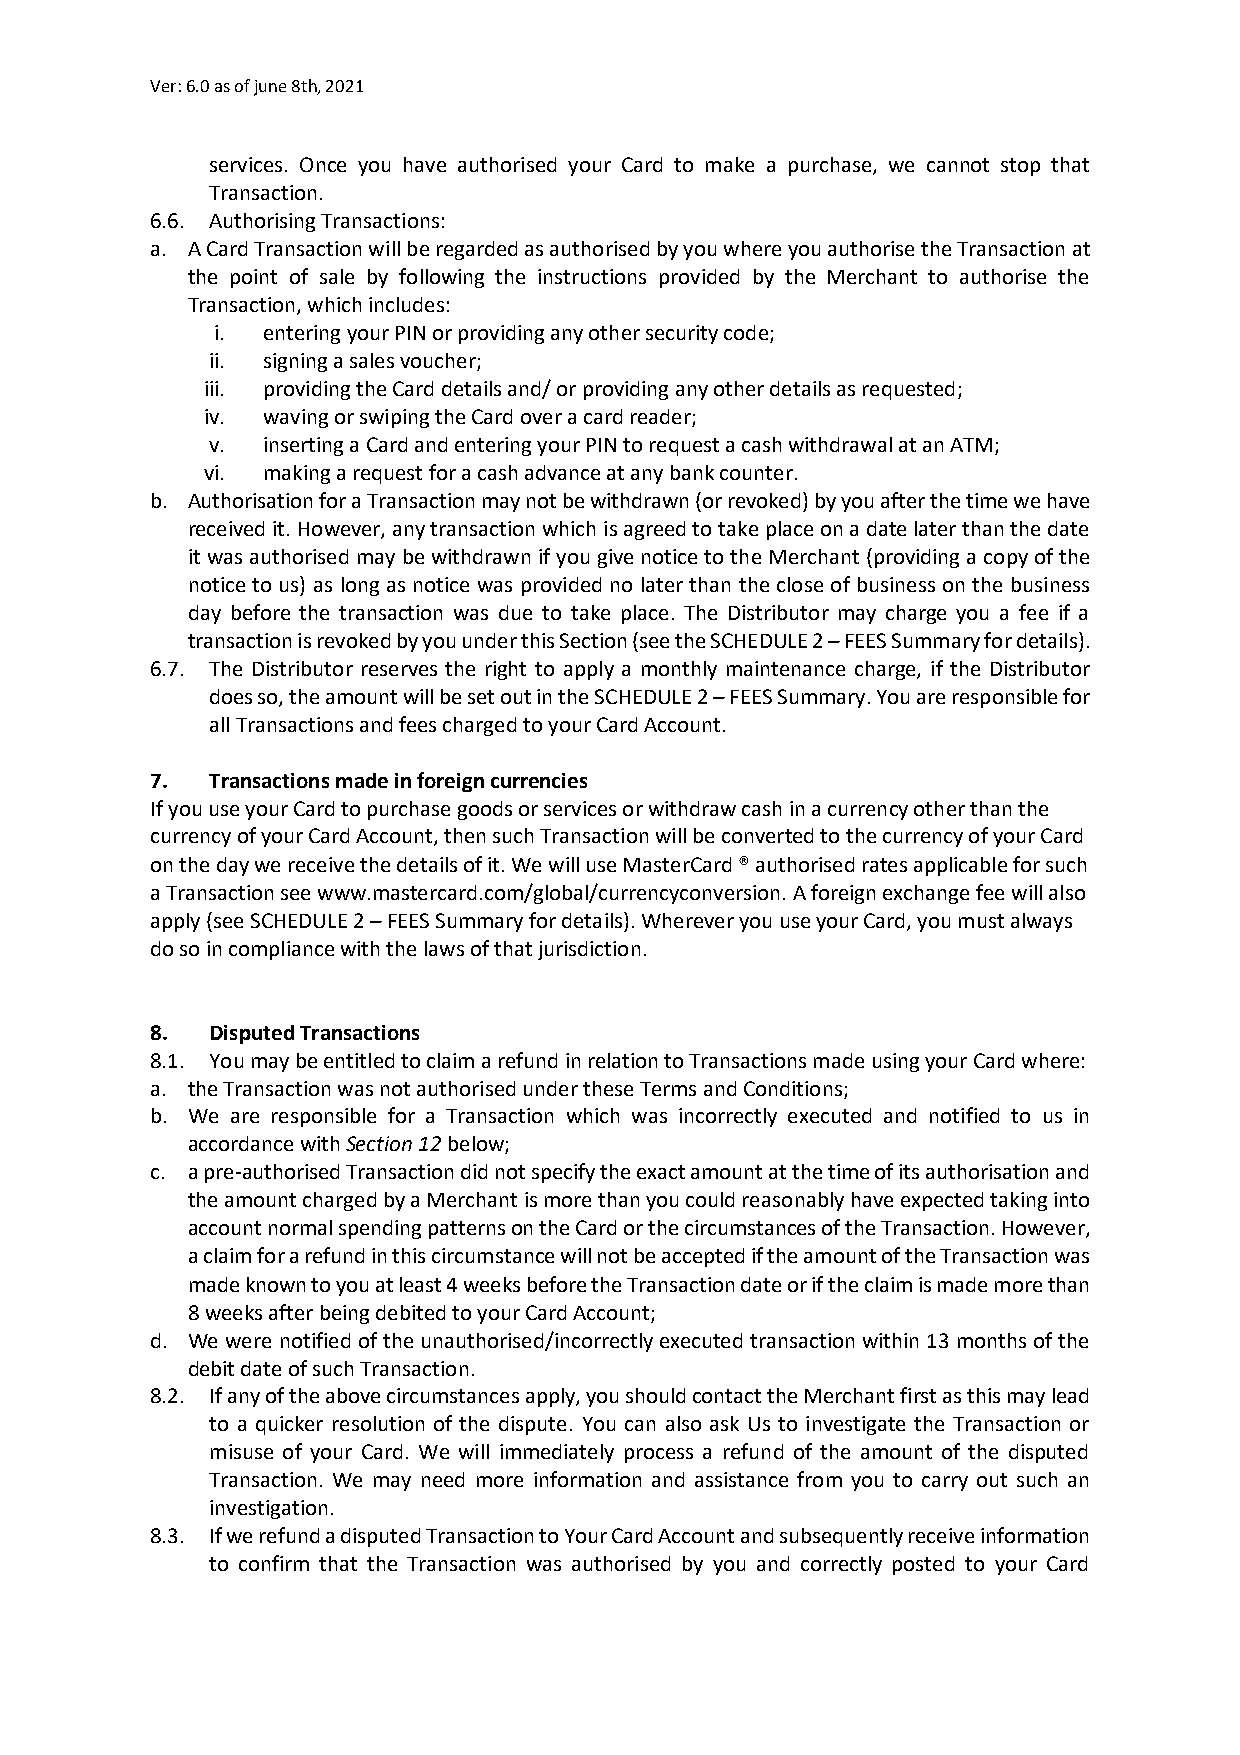
Ver: 6.0 as of june 8th, 2021
 services. Once you have authorised your Card to make a purchase, we cannot stop that
 Transaction.
 6.6. Authorising Transactions:
 a. A Card Transaction will be regarded as authorised by you where you authorise the Transaction at
 the point of sale by following the instructions provided by the Merchant to authorise the
 Transaction, which includes:
 i. entering your PIN or providing any other security code;
 ii. signing a sales voucher;
 iii. providing the Card details and/ or providing any other details as requested;
 iv. waving or swiping the Card over a card reader;
 v. inserting a Card and entering your PIN to request a cash withdrawal at an ATM;
 vi. making a request for a cash advance at any bank counter.
 b. Authorisation for a Transaction may not be withdrawn (or revoked) by you after the time we have
 received it. However, any transaction which is agreed to take place on a date later than the date
 it was authorised may be withdrawn if you give notice to the Merchant (providing a copy of the
 notice to us) as long as notice was provided no later than the close of business on the business
 day before the transaction was due to take place. The Distributor may charge you a fee if a
 transaction is revoked by you under this Section (see the SCHEDULE 2 – FEES Summary for details).
 6.7. The Distributor reserves the right to apply a monthly maintenance charge, if the Distributor
 does so, the amount will be set out in the SCHEDULE 2 – FEES Summary. You are responsible for
 all Transactions and fees charged to your Card Account.
 7.  Transactions made in foreign currencies
 If you use your Card to purchase goods or services or withdraw cash in a currency other than the
 currency of your Card Account, then such Transaction will be converted to the currency of your Card
 on the day we receive the details of it. We will use MasterCard ® authorised rates applicable for such
 a Transaction see www.mastercard.com/global/currencyconversion. A foreign exchange fee will also
 apply (see SCHEDULE 2 – FEES Summary for details). Wherever you use your Card, you must always
 do so in compliance with the laws of that jurisdiction.
 8.  Disputed Transactions
 8.1. You may be entitled to claim a refund in relation to Transactions made using your Card where:
 a. the Transaction was not authorised under these Terms and Conditions;
 b. We are responsible for a Transaction which was incorrectly executed and notified to us in
 accordance with Section 12 below;
 c. a pre-authorised Transaction did not specify the exact amount at the time of its authorisation and
 the amount charged by a Merchant is more than you could reasonably have expected taking into
 account normal spending patterns on the Card or the circumstances of the Transaction. However,
 a claim for a refund in this circumstance will not be accepted if the amount of the Transaction was
 made known to you at least 4 weeks before the Transaction date or if the claim is made more than
 8 weeks after being debited to your Card Account;
 d. We were notified of the unauthorised/incorrectly executed transaction within 13 months of the
 debit date of such Transaction.
 8.2. If any of the above circumstances apply, you should contact the Merchant first as this may lead
 to a quicker resolution of the dispute. You can also ask Us to investigate the Transaction or
 misuse of your Card. We will immediately process a refund of the amount of the disputed
 Transaction. We may need more information and assistance from you to carry out such an
 investigation.
 8.3. If we refund a disputed Transaction to Your Card Account and subsequently receive information
 to confirm that the Transaction was authorised by you and correctly posted to your Card